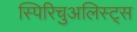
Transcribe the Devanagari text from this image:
स्पिरिचुअलिस्ट्स